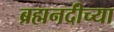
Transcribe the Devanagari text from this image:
ब्रह्मनदीच्या